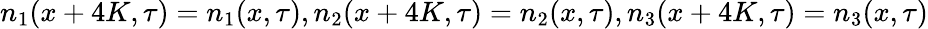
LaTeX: n_{1}(x+4K,\tau)=n_{1}(x,\tau),n_{2}(x+4K,\tau)=n_{2}(x,\tau),n_{3}(x+4K,\tau)=n_{3}(x,\tau)